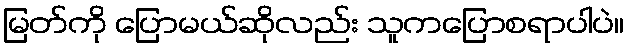
မြတ်ကို ပြောမယ်ဆိုလည်း သူကပြောစရာပါပဲ။